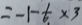
= - 1 - \frac { 1 } { 6 } \times 3